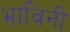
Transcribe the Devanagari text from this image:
भाविनी